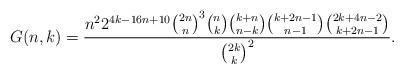
LaTeX: \begin{align*}G(n,k)=\frac{n^2 2^{4 k-16 n+10} \binom{2 n}{n}^3 \binom{n}{k} \binom{k+n}{n-k} \binom{k+2 n-1}{n-1} \binom{2 k+4 n-2}{k+2 n-1}}{\binom{2 k}{k}^2}.\end{align*}